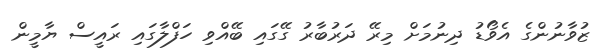
ޒުވާނުންގެ އެވޯޑު ދިނުމަށް މިރޭ ދަރުބާރު ގޭގައި ބޭއްވި ހަފްލާގައި ރައީސް ޔާމީން